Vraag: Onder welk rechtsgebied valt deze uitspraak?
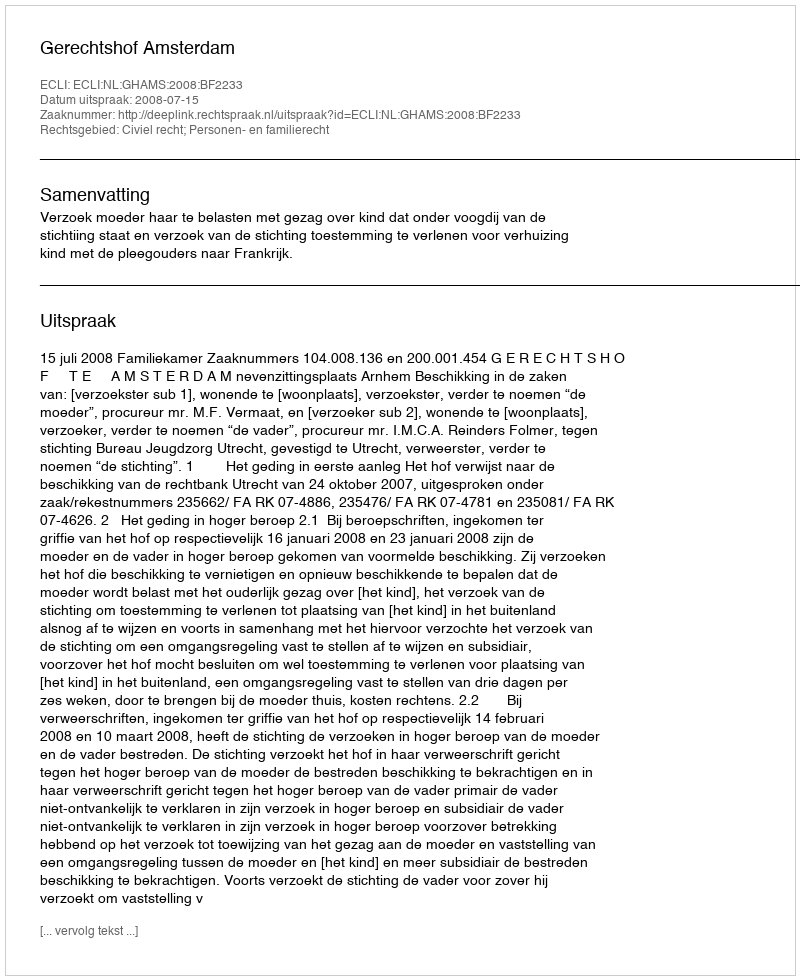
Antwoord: Civiel recht; Personen- en familierecht